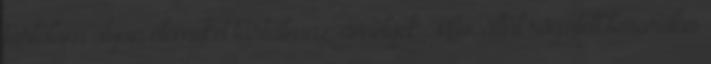
tartalom olyan elemeket tartalmaz, amelyek Mttv. által rögzített besorolás